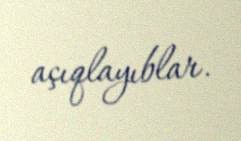
açıqlayıblar.